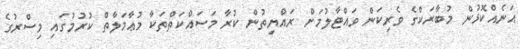
އަނެއްކޮޅުން މުބާރަކްގެ ވެރިކަން ވައްޓާލުމަށް ރައްޔިތުން ކުރާ މަސައްކަތްތަކާ މުޢާމަލާތް ކުރުމުގައި މިސްރުގެ